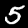
Label: 5